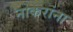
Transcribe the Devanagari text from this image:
नोकरांना